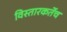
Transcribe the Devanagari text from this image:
विस्तारकर्तेच